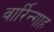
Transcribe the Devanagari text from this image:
वार्रिन्गाह